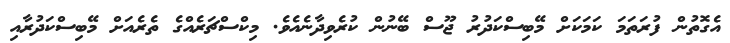
އެގޮތުން ފުރަތަމަ ކަމަކަށް މޭބިސްކަދުރު ޖޫސް ބޭނުން ކުރެވިދާނެއެވެ. މިކްސްޗަރެއްގެ ތެރެއަށް މޭބިސްކަދުރާއި